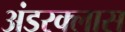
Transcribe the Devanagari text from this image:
अंडरक्लास